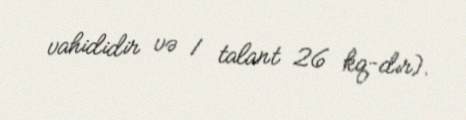
vahididir və 1 talant 26 kq-dır).